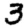
Digit: 3